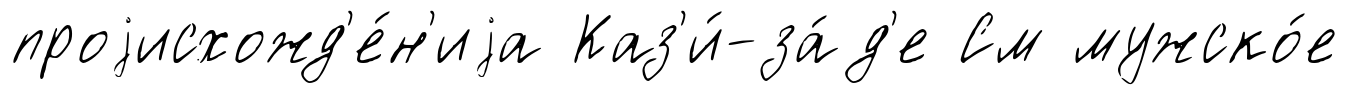
проjисхожд'е́н'иjа Каз'и́-за́д'е См мужско́е